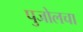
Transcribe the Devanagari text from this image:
पुजोलचा